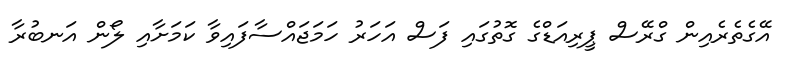
އޭގެތެރެއިން ގްރޭސް ޕީރިއަޑްގެ ގޮތުގައި ފަސް އަހަރު ހަމަޖައްސާފައިވާ ކަމަށާއި ލޯން އަނބުރާ